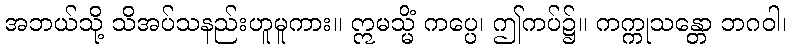
အဘယ်သို့ သိအပ်သနည်းဟူမူကား။ ဣမသ္မိံ ကပ္ပေ၊ ဤကပ်၌။ ကက္ကုသန္တော ဘဂဝါ၊